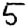
Digit: 5